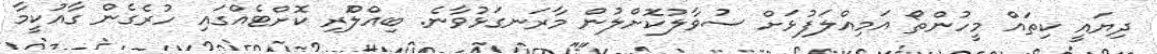
ދިޔައީ ކިތައް މީހުންތޯ އަމިއްލަފުޅަށް ސުވާލުކޮށްލުން މާރަނގަޅުވާނެ. ބިއްލޫެރި ކޮށްޓެއްގައި ހުރެގެން ގާއުކީމާ